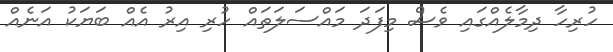
ހުރިހާ ދިމާލެއްގައި ވެސް މިފަދަ މައްސަލަތައް ހުރި އިރު އެއް ބަޔަކު އަނެއް